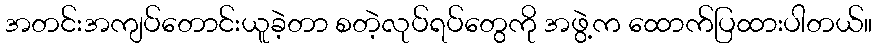
အတင်းအကျပ်တောင်းယူခဲ့တာ စတဲ့လုပ်ရပ်တွေကို အဖွဲ့က ထောက်ပြထားပါတယ်။